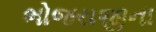
ભોજરાજીના